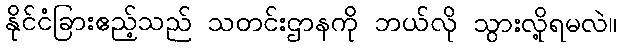
နိုင်ငံခြားဧည့်သည် သတင်းဌာနကို ဘယ်လို သွားလို့ရမလဲ။